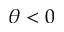
\theta < 0